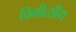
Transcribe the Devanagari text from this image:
चिकीत्सीय